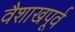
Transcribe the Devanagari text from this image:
वैशाखपूर्व